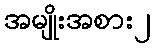
အမျိုးအစား၂